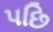
પછિ